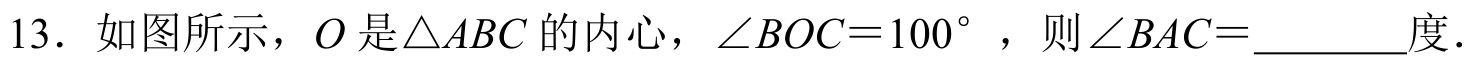
13．如图所示，\(O\) 是\(\triangle ABC\) 的内心，\(\angle BOC = 100^{\circ}\) ，则\(\angle BAC=\)_________度．